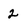
Character: 2